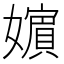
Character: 𡣕